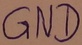
Text: GND